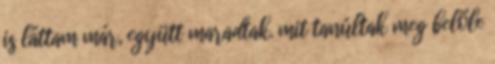
is láttam már, együtt maradtak. mit tanúltak meg belőle